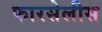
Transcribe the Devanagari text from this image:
फारसेलीस